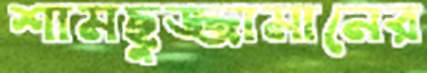
শামছুজ্জামানের